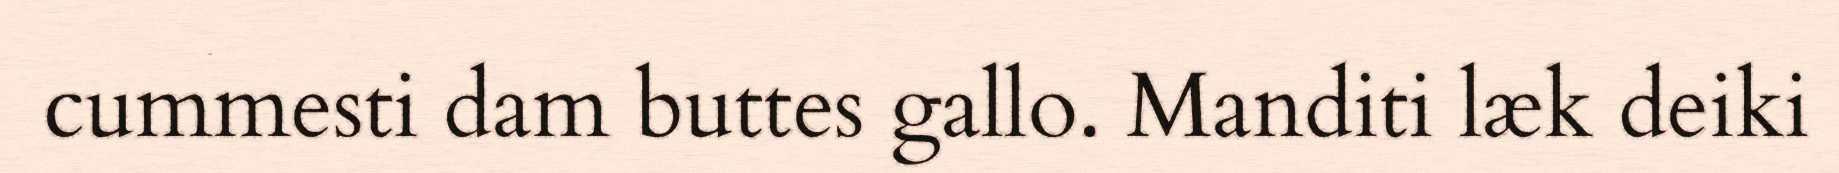
cummesti dam buttes gallo. Manditi læk deiki